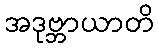
အဒုဗ္ဘာယာတိ